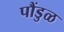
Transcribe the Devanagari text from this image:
पौंडुळ